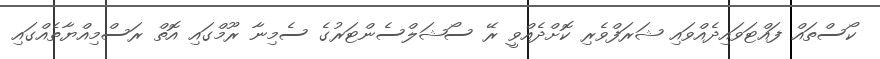
ކޯސްތައް ފައްޓަވައިދެއްވައި ޝަރަފްވެރި ކޮށްދެއްވީ ރޭ ސޯޝަލްސެންޓަރުގެ ސެމިނާ ރޫމްގައި އޮތް ރަސްމިއްޔާތެއްގައި